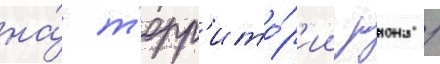
на́ т'ерр'ито́р'ии раиона /